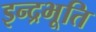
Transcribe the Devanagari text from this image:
इन्द्रभूति